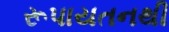
રૂપાયતનથી